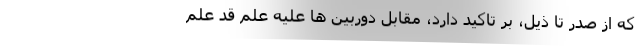
که از صدر تا ذیل، بر تاکید دارد، مقابل دوربین ها علیه عِلم قد عَلم